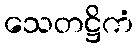
သေတဋ္ဌိကံ